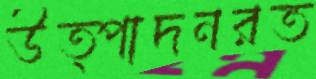
উত্পাদনরত